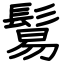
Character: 鬄